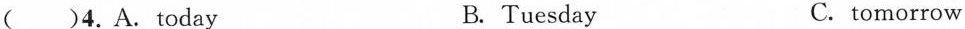
( )4.A. today B. Tuesday C. tomorrow